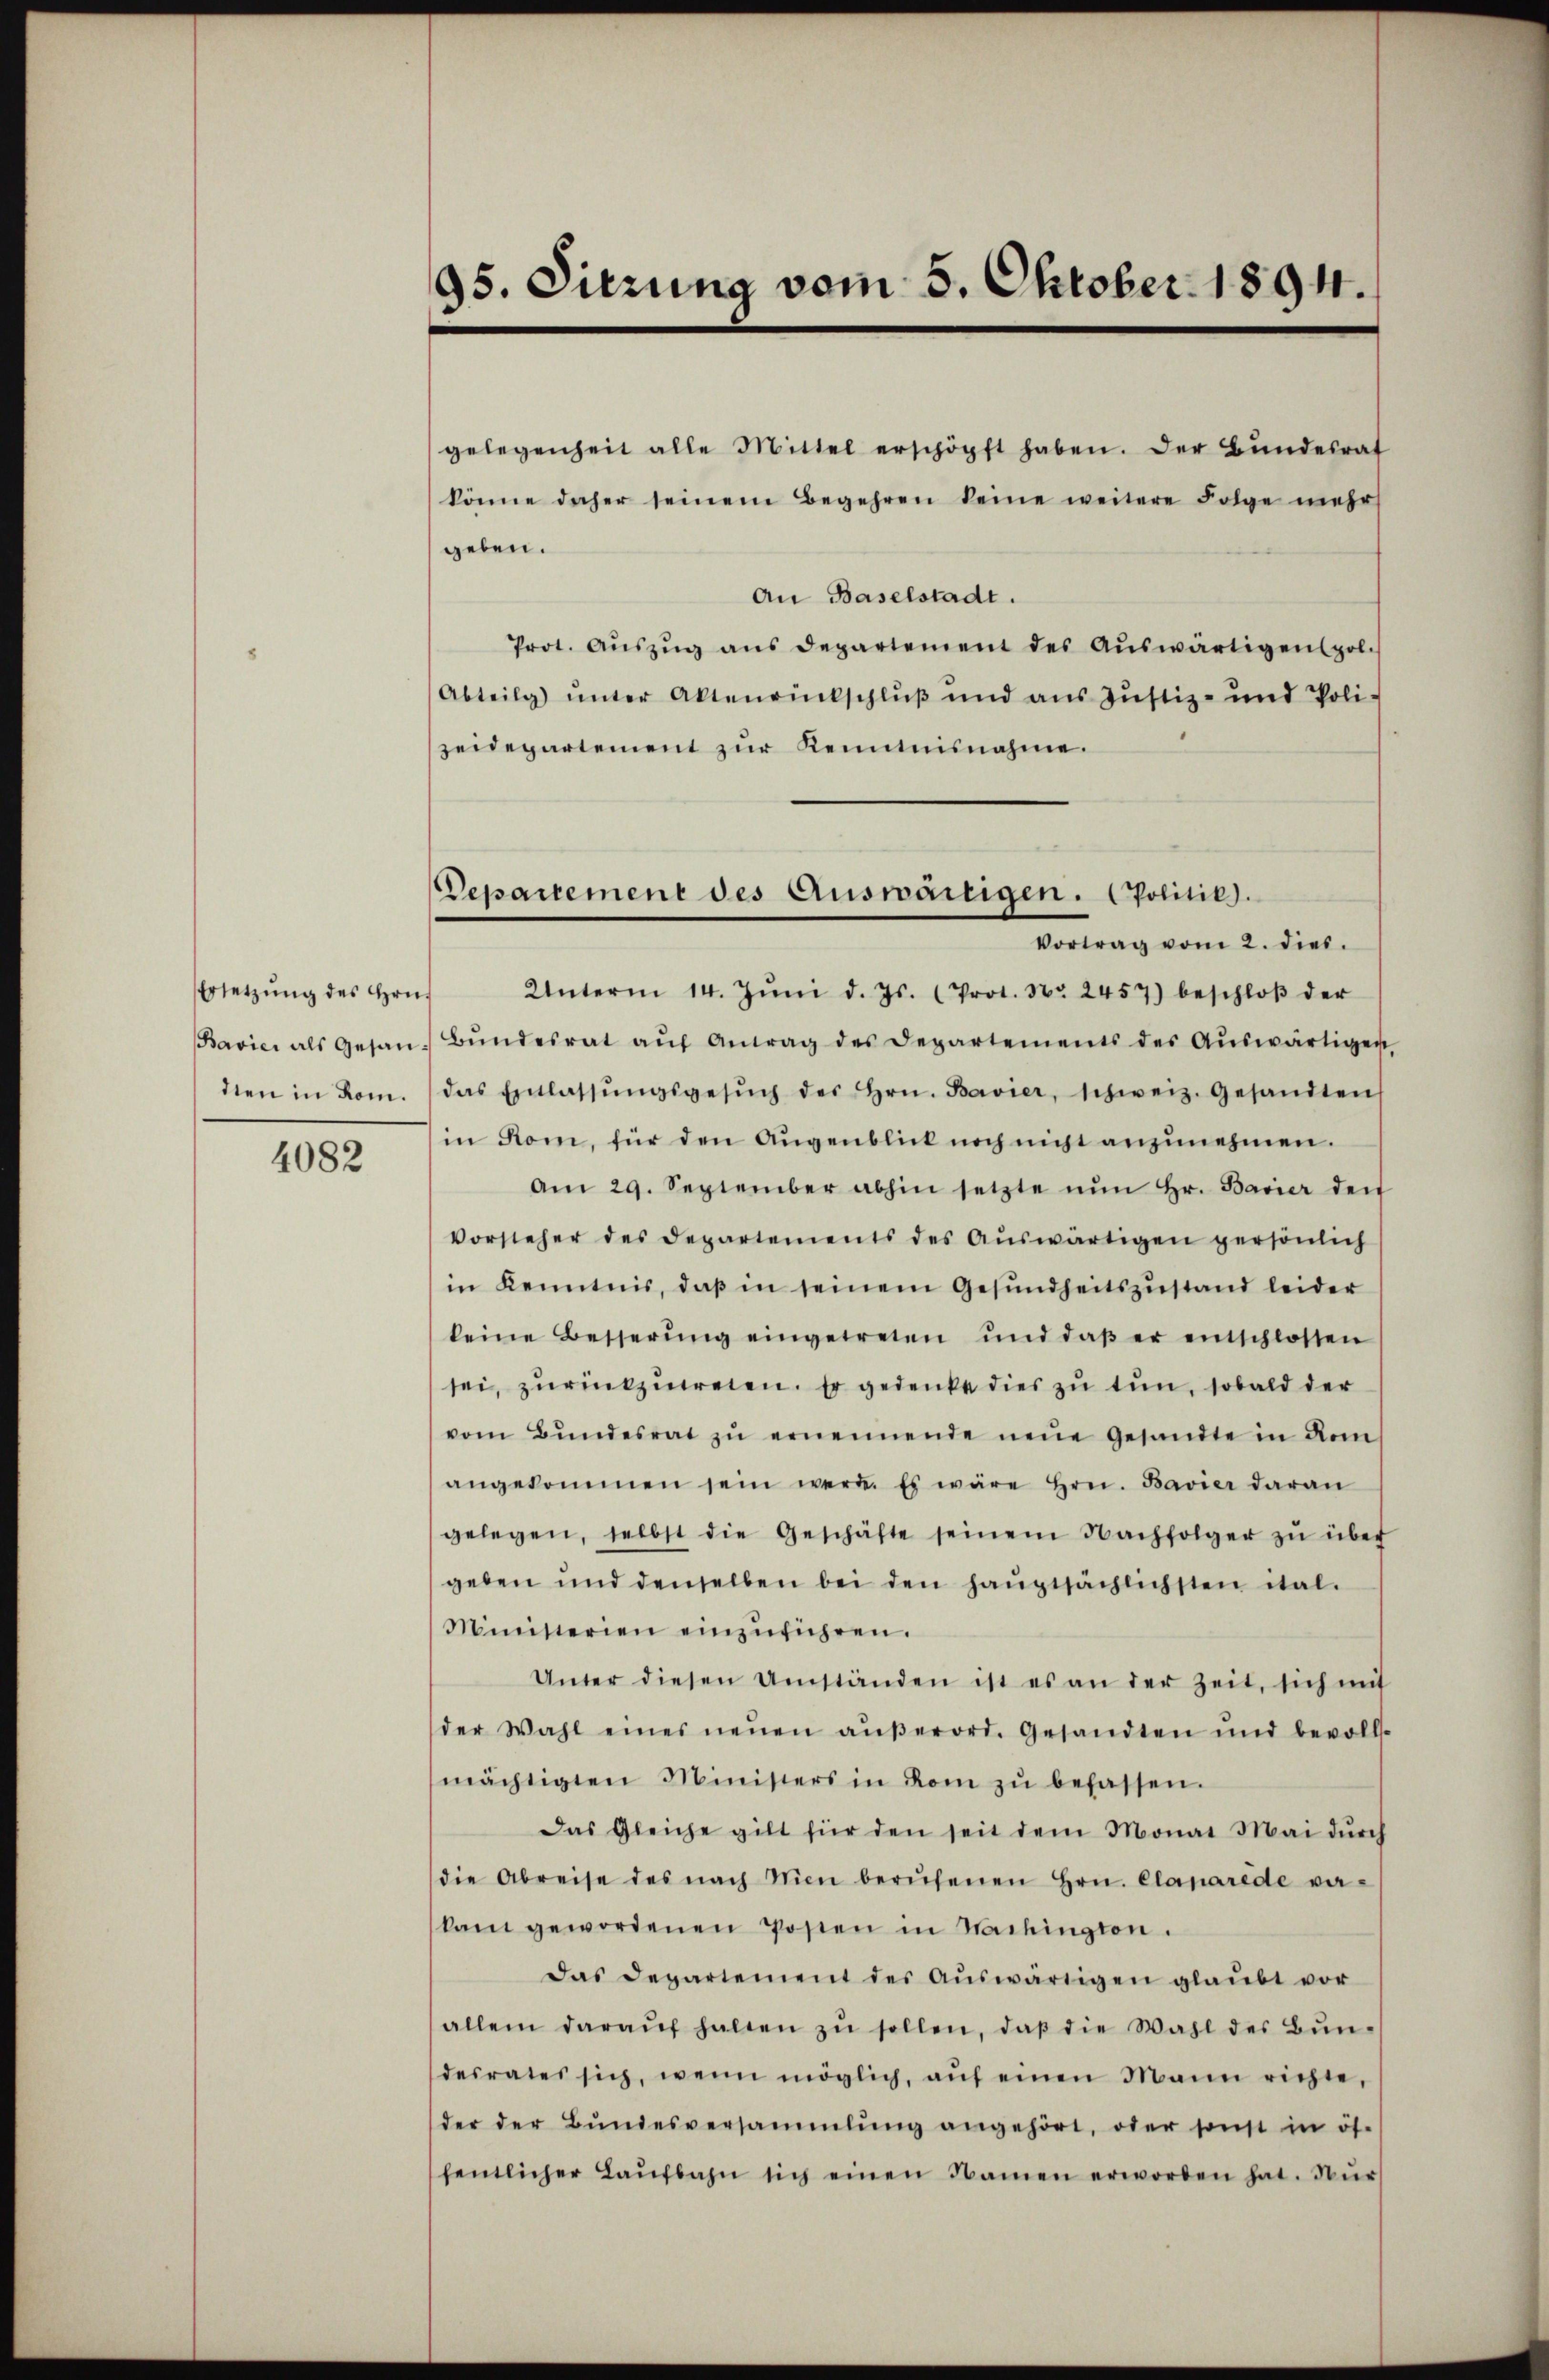
Ersetzung des Hrn.
Bavici als Gesan
dten in Rom.

4082

95. Sitzung vom 5. Oktober 1894.

Departement des Auswärtigen. (Politik).
Vortrag vom 2. dies

gelegenheit alle Mittel erschöpft haben. Der Bŭndesrat
könne daher seinem Begehren keine weitere Folge mehr
geben.
An Baselstadt.
Prot. Aŭszŭg ans Departement des Aŭswärtigenspol-
Abteilg ŭnter Aktenrückschluß und aus Justiz- und Poli-
zeidepartement zur Kenntnisnahme.
Unterm 14. Jŭni d. Js. (Prot. Nr. 2457) beschloβ der
Bŭndesrat aŭf Antrag des Departements des Aŭswärtigen
das Einlassŭngsgesŭch des Hrn. Bavier, schweiz. Gesandten
in Rom, für den Augenblick noch nicht anzunehmen.
Am 29. September abhin setzte nŭn Hr. Bavier den
Vorsteher des Departements des Aŭswärtigen persönlich
in Kenntnis, daβ in seinem Gesundheitszustand leider
keine Besserŭng eingetreten und daβ er entschlossen
sei, zurückzuweien. Er gedenke dies zu tun, sobald der
vom Bŭndesrat zŭ ernennende neue Gesandte in den
angekommen sein werde. Es wäre hrn. Bavier daran
gelegen, selbst die Geschäfte seinem Nachfolger zŭ über
geben und denselben bei den hauptsächlichsten ital¬
Ministerien einzŭführen.
Unter diesen Umständen ist es an der Zeit, sich mit
der Wahl eines neŭen aŭβerord. Gesandten und bevoll-
mächtigten Ministers in kom zŭ befassen.
Das Gleiche gilt für den seit dem Monat Mai dŭrch
die Abreise des nach Wien berŭfenen Hrn. Clanarede ver-
kam gewordenen Posten in Nachington.
Das Departement des aŭswärtigen glaŭbt vor
allein daraŭf halten zŭ sollen, daβ die Wahl des Bŭn-
desrates sich, wenn möglich, aŭf einen Mann richte,
der der Bŭndesversammlung angehört, oder sonst in öf-
fentlicher Laŭfbahn sich einen Namen erworden hat. Nur